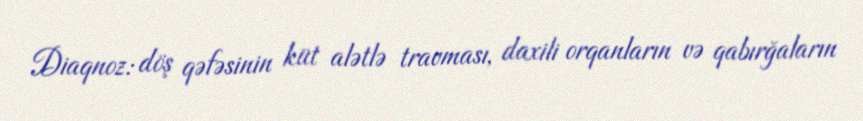
Diaqnoz: döş qəfəsinin küt alətlə travması, daxili orqanların və qabırğaların